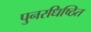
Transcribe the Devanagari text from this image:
पुनरधिष्ठित